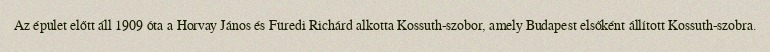
Az épület előtt áll 1909 óta a Horvay János és Füredi Richárd alkotta Kossuth-szobor, amely Budapest elsőként állított Kossuth-szobra.